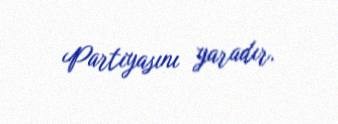
Partiyasını yaradır.